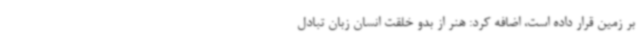
بر زمین قرار داده است، اضافه کرد: هنر از بدو خلقت انسان زبان تبادل